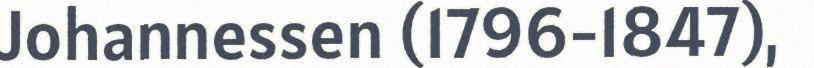
Johannessen (1796-1847),